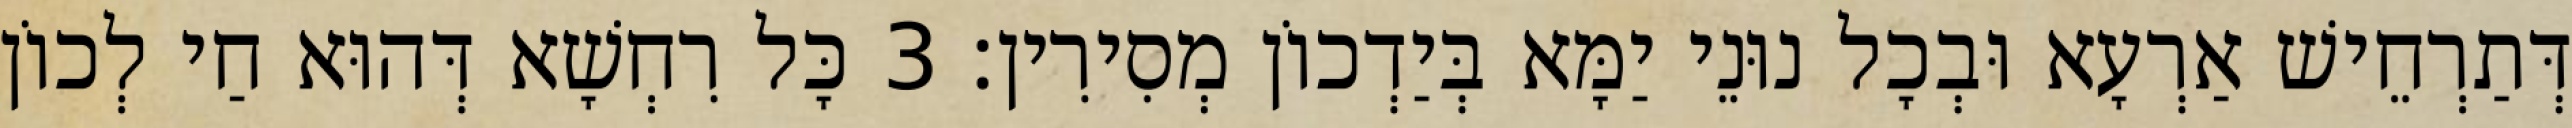
דְּתַרְחֵישׁ אַרְעָא וּבְכָל נוּנֵי יַמָּא בְּיַדְכוֹן מְסִירִין׃ 3 כָּל רִחְשָׁא דְּהוּא חַי לְכוֹן